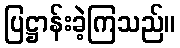
ပြဋ္ဌာန်းခဲ့ကြသည်။